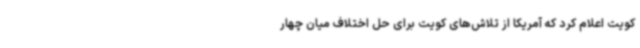
کویت اعلام کرد که آمریکا از تلاش‌های کویت برای حل اختلاف میان چهار